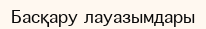
Басқару лауазымдары